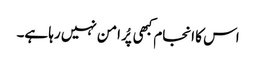
اس کا انجام کبھی پُر امن نہیں رہا ہے۔